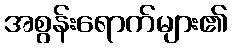
အစွန်းရောက်များ၏